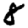
Digit: 8